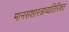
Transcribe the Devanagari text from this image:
मानसशास्त्राव्यतिरिक्त